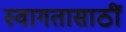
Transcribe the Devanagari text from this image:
स्वागतासाठीं